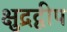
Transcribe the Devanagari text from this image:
क्षुद्रद्वीप